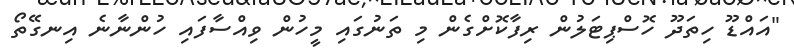
"އައްޑޫ ހިތަދޫ ހޮސްޕިޓަލުން ރިފާކޮށްގެން މި ތަނުގައި މީހުން ވިއްސާފައި ހުންނާނެ އިނގޭތޯ